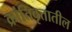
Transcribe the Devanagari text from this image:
क्रांतिवृत्तातील